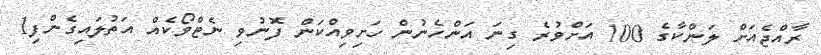
ރާއްޖެއަށް ލަންކާގެ 100 އަށްވުރެ ގިނަ އަންހެނުން ހަށިވިއްކަން ފޮނުވި ނެޓްވޯކެއް އަތުލައިގެންފި1